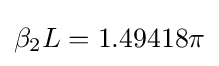
\beta _{2}L=1.49418\pi